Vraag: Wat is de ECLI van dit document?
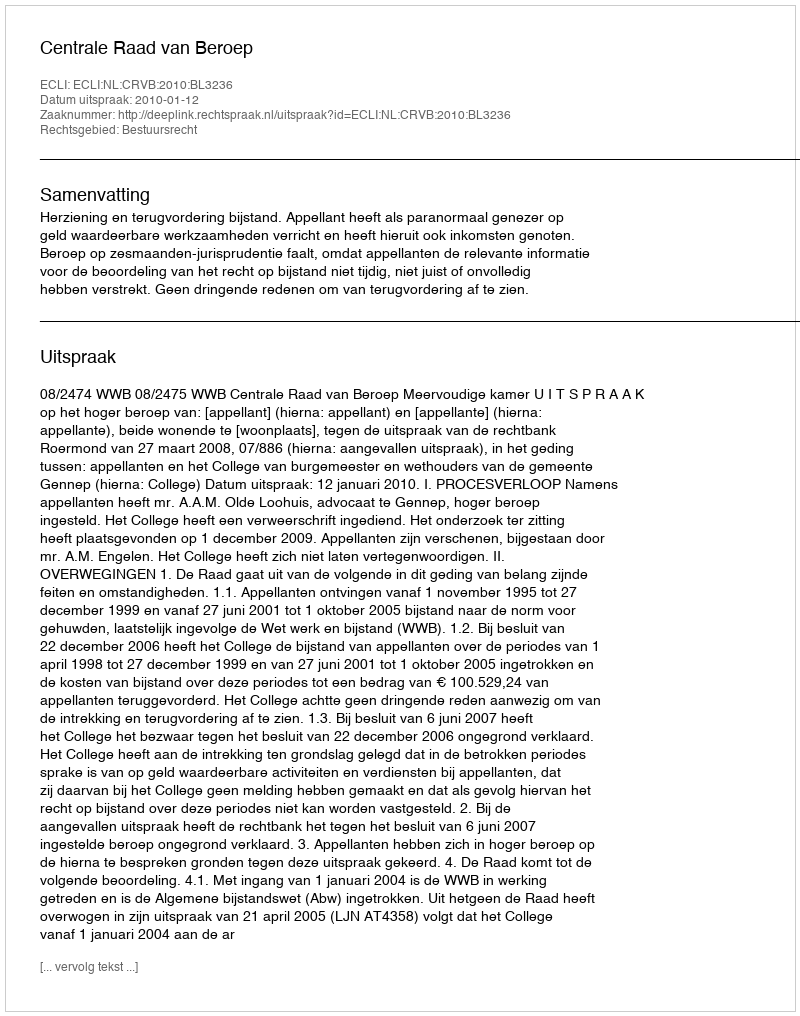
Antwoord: ECLI:NL:CRVB:2010:BL3236